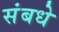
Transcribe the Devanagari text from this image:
संबधे